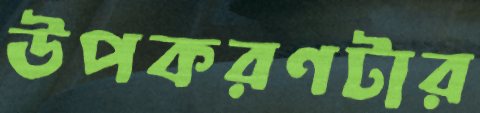
উপকরণটার